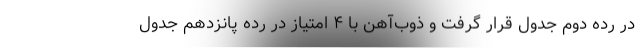
در رده دوم جدول قرار گرفت و ذوب‌آهن با ۴ امتیاز در رده پانزدهم جدول